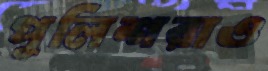
পুলিশরাও